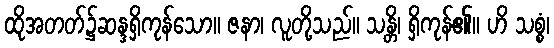
ထိုအတတ်၌ဆန္ဒရှိကုန်သော။ ဇနာ၊ လူတို့သည်။ သန္တိ၊ ရှိကုန်၏။ ဟိ သစ္စံ၊